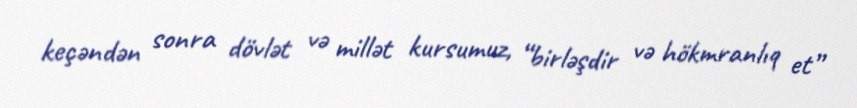
keçəndən sonra dövlət və millət kursumuz, “birləşdir və hökmranlıq et”